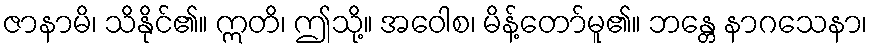
ဇာနာမိ၊ သိနိုင်၏။ ဣတိ၊ ဤသို့။ အဝေါစ၊ မိန့်တော်မူ၏။ ဘန္တေ နာဂသေနာ၊